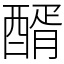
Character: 醑